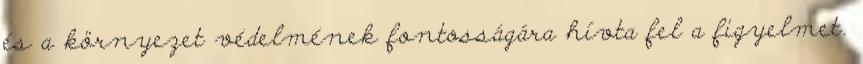
és a környezet védelmének fontosságára hívta fel a figyelmet.